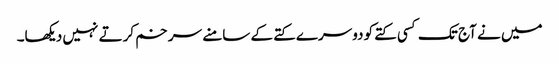
میں نے آج تک کسی کتے کو دوسرے کتے کے سامنے سر خم کرتے نہیں دیکھا۔